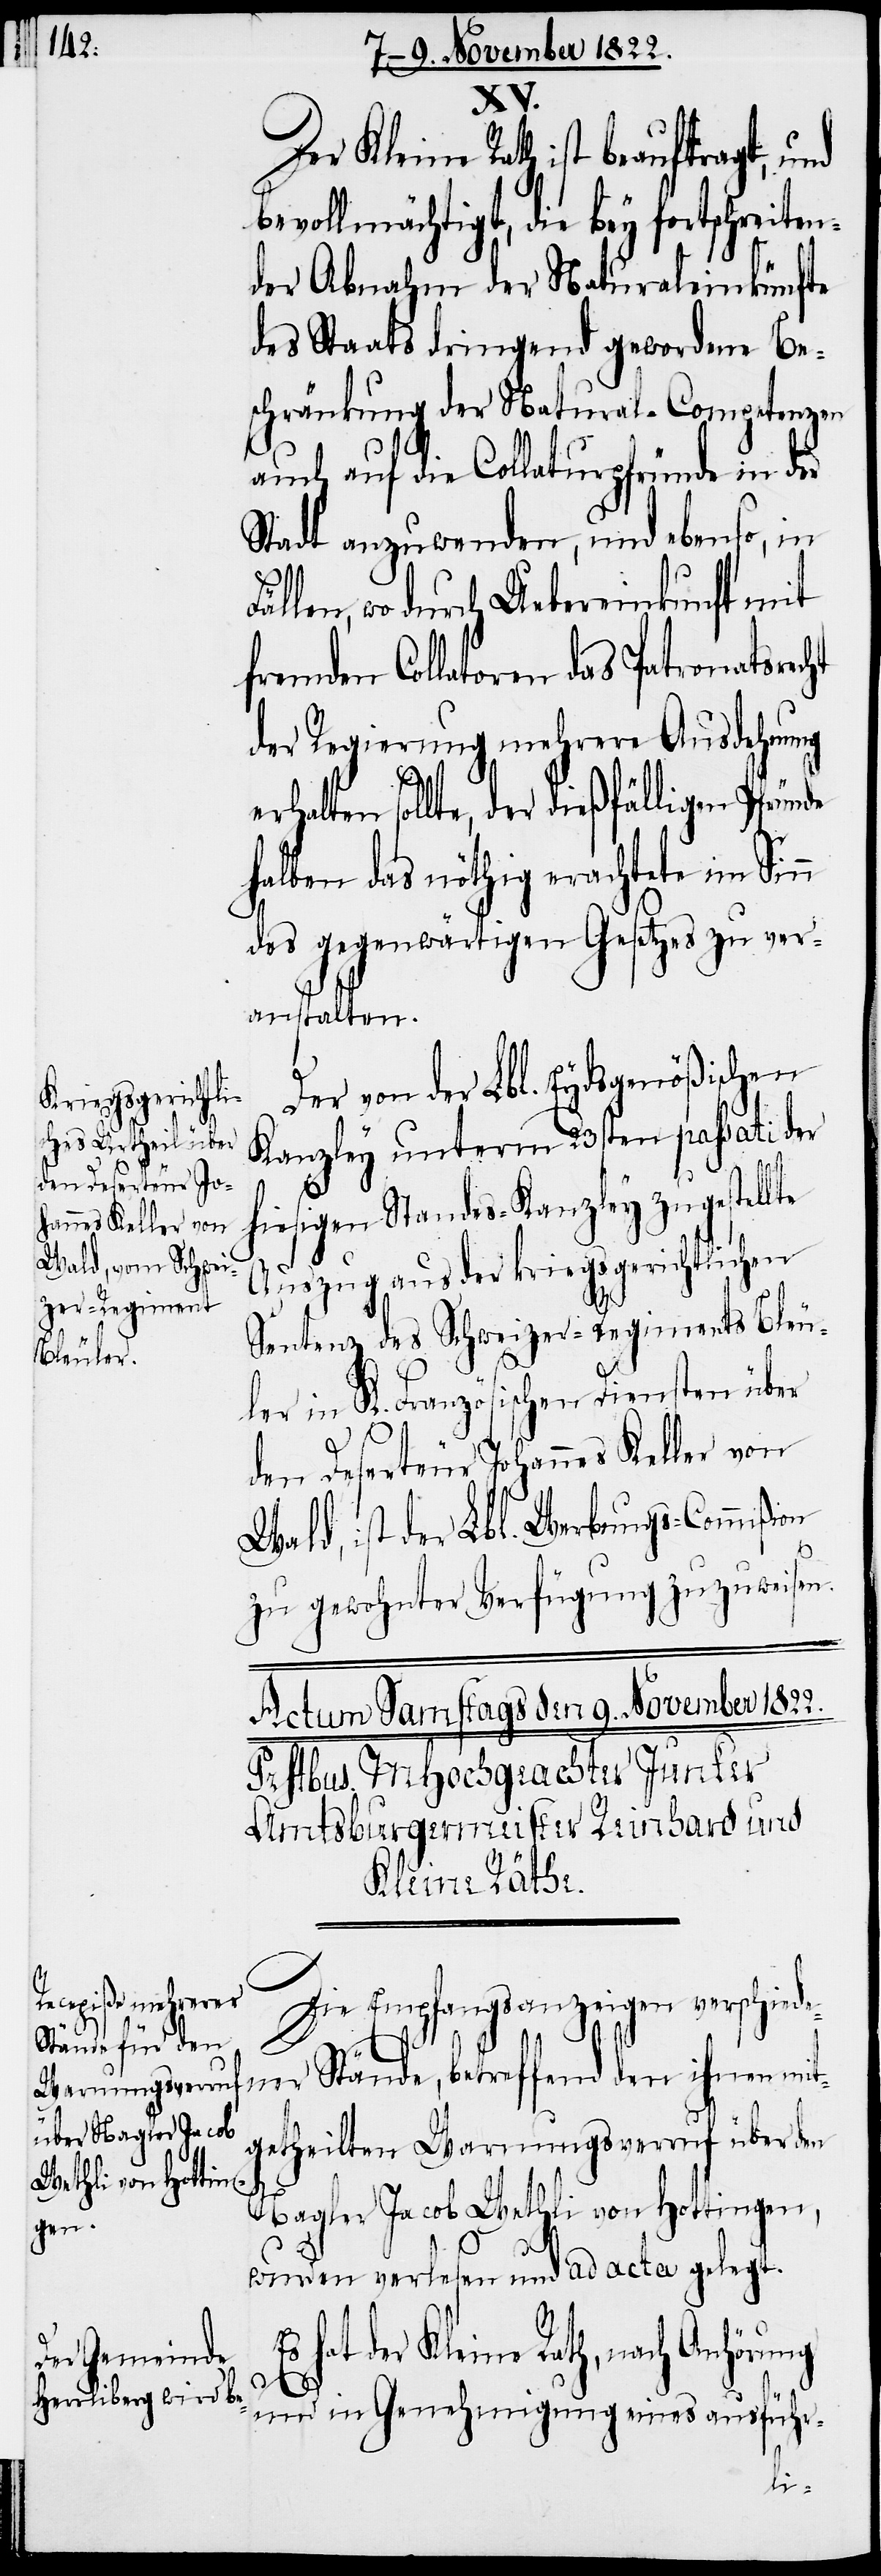
XV.
Der Kleine Rath ist beauftragt, und
bevollmächtigt, die bey fortschreite¬
der Abnahm der Naturaleinkünfte
des Staats dringend gewordene Be¬
schränkung der Natural-Competenzen
auch auf die Collaturpfründe in der
Stadt anzuwenden, und ebenso in
ällen, wo durch Uebereinkunft mit
fremden Collatoren das Patronatsrecht
der Regierung mehrere Ausdehnung
sollte, der dießfälligen Pfründe
halben das nöthig erachtete im Sinn
des gegenwärtigen Gesetzes zu ver¬
anstalten.
Der von der Lbl. Eydsgenößischen
Kanzley unterm 23sten passati der
hiesigen Standes-Kanzley zugestell¬
Auszug aus der kriegsgerichtlichen
Sentenz des Schweizer-Regiments Bleu¬
ler in K. Französischen Diensten über
den Deserteur Johannes Keller von
Wald, ist der Lbl. Werbungs-Commißion
zu gewohnter Verfügung zuzuweisen.
Kleine Rath,
Die Empfangsanzeigen verschiede¬
hat
der
ner Stände, betreffend den ihnen mit¬
getheilten Warnungsverruf über den
Nagler Jacob Wethli von Hottingen,
wurden verlesen und ad acta gelegt.
und in Genehmigung eines ausführ-